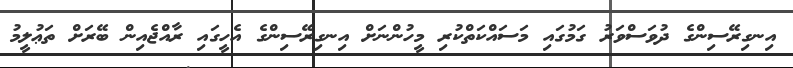
އިނގިރޭސިންގެ ދުވަސްވަރު ގަމުގައި މަސައްކަތްކުރި މީހުންނަށް އިނގިރޭސިންގެ އެހީގައި ރާއްޖެއިން ބޭރަށް ތަޢުލީމު